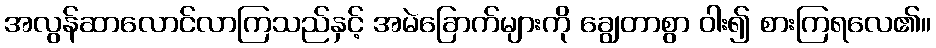
အလွန်ဆာလောင်လာကြသည်နှင့် အမဲခြောက်များကို ချွေတာစွာ ဝါး၍ စားကြရလေ၏။